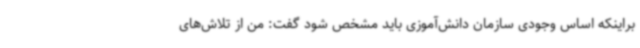
براینکه اساس وجودی سازمان دانش‌آموزی باید مشخص شود گفت: من از تلاش‌های